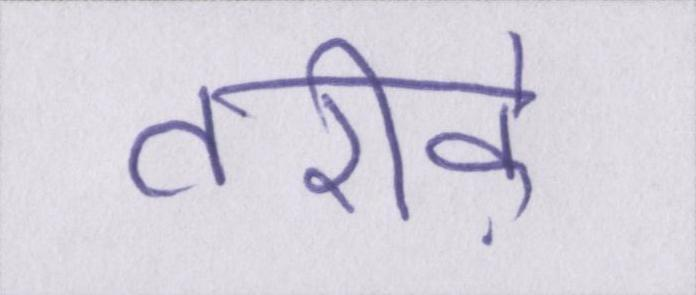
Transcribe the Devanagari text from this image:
तरीके़